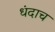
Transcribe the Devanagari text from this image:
धंदाच